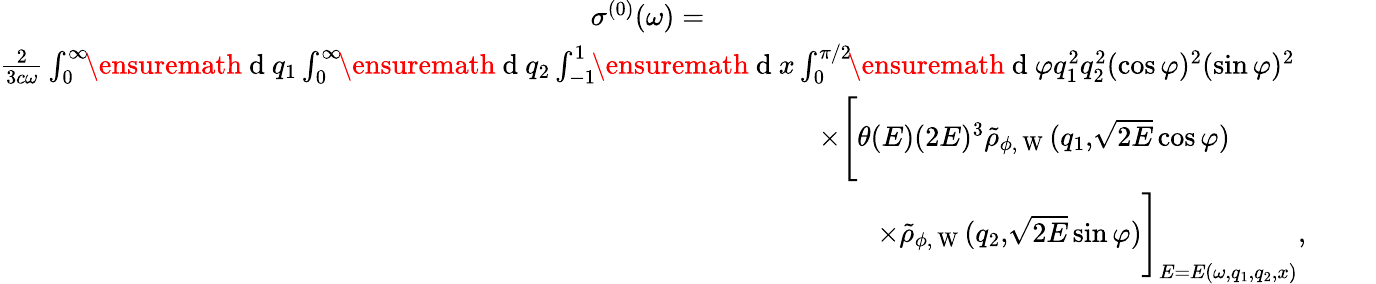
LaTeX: \begin{array}{r}{\sigma^{(0)}(\omega)=\phantom{xxxxxxxxxxxxxxxxxxxxxxxxxxxxxxxxxxxxxxxxx}}\\ {\frac{2}{3c\omega}\int_{0}^{\infty}\! \! \ensuremath{\mathrm{~d~}}q_{1}\int_{0}^{\infty}\! \! \ensuremath{\mathrm{~d~}}q_{2}\int_{-1}^{1}\! \! \ensuremath{\mathrm{~d~}}x\int_{0}^{\pi/2}\! \! \ensuremath{\mathrm{~d~}}\varphi q_{1}^{2}q_{2}^{2}(\cos\varphi)^{2}(\sin\varphi)^{2}\phantom{xxxxx}}\\ {\times\Biggl[\theta(E)(2E)^{3}\tilde{\rho}_{\phi,\mathrm{~W~}}(q_{1},\! \sqrt{2E}\cos\varphi)\phantom{xxxxxxxxx}}\\ {\times\tilde{\rho}_{\phi,\mathrm{~W~}}(q_{2},\! \sqrt{2E}\sin\varphi)\Biggl]_{E=E(\omega,q_{1},q_{2},x)},\phantom{xxxx}}\end{array}